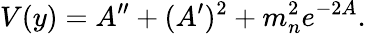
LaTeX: V(y)=A^{\prime\prime}+(A^{\prime})^{2}+m_{n}^{2}e^{-2A}.